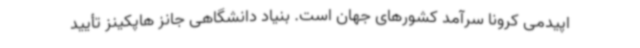
اپیدمی کرونا سرآمد کشورهای جهان است. بنیاد دانشگاهی جانز هاپکینز تأیید